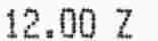
12.00 Z